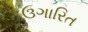
ઉગારિત